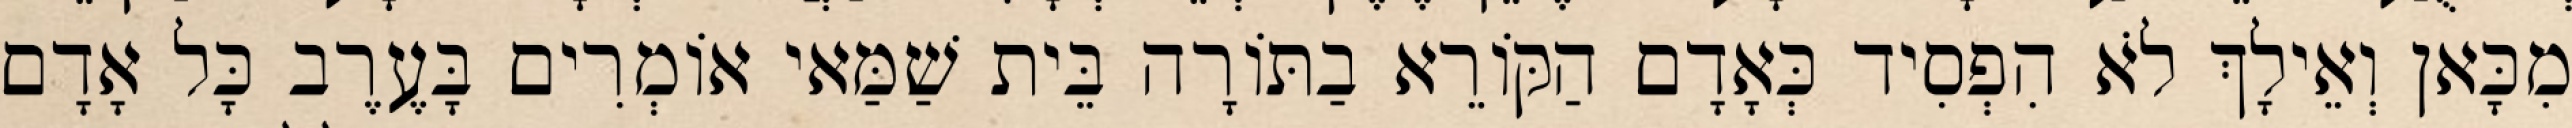
מִכָּאן וְאֵילָךְ לֹא הִפְסִיד כְּאָדָם הַקּוֹרֵא בַתּוֹרָה בֵּית שַׁמַּאי אוֹמְרִים בָּעֶרֶב כָּל אָדָם